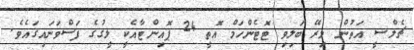
ޗެލްސީ އަތުން މިރޭ ބަލިވި ޓޮޓެންހަމް އޮތީ 24 ޕޮއިންޓާއެކީ ލީގުގެ ފަސްވަނައިގައެވެ.